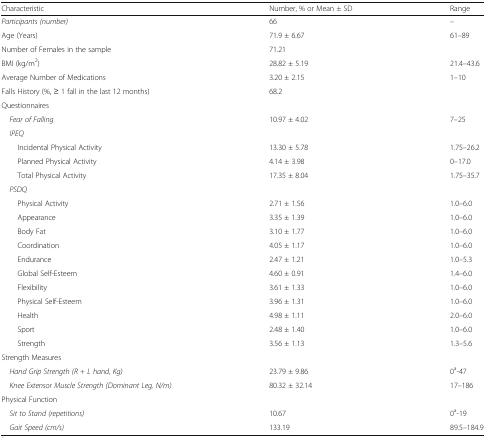
| Characteristic | Number, % or Mean ± SD | Range |
 | --- | --- | --- |
 | Participants (number) | 66 | – |
 | Age (Years) | 71.9 ± 6.67 | 61–89 |
 | Number of Females in the sample | 71.21 |  |
 | BMI (kg/m2) | 28.82 ± 5.19 | 21.4–43.6 |
 | Average Number of Medications | 3.20 ± 2.15 | 1–10 |
 | Falls History (%, ≥ 1 fall in the last 12 months) | 68.2 |  |
 | <COLSPAN=3> Questionnaires |
 | Fear of Falling | 10.97 ± 4.02 | 7–25 |
 | <COLSPAN=3> IPEQ |
 | Incidental Physical Activity | 13.30 ± 5.78 | 1.75–26.2 |
 | Planned Physical Activity | 4.14 ± 3.98 | 0–17.0 |
 | Total Physical Activity | 17.35 ± 8.04 | 1.75–35.7 |
 | <COLSPAN=3> PSDQ |
 | Physical Activity | 2.71 ± 1.56 | 1.0–6.0 |
 | Appearance | 3.35 ± 1.39 | 1.0–6.0 |
 | Body Fat | 3.10 ± 1.77 | 1.0–6.0 |
 | Coordination | 4.05 ± 1.17 | 1.0–6.0 |
 | Endurance | 2.47 ± 1.21 | 1.0–5.3 |
 | Global Self-Esteem | 4.60 ± 0.91 | 1.4–6.0 |
 | Flexibility | 3.61 ± 1.33 | 1.0–6.0 |
 | Physical Self-Esteem | 3.96 ± 1.31 | 1.0–6.0 |
 | Health | 4.98 ± 1.11 | 2.0–6.0 |
 | Sport | 2.48 ± 1.40 | 1.0–6.0 |
 | Strength | 3.56 ± 1.13 | 1.3–5.6 |
 | <COLSPAN=3> Strength Measures |
 | Hand Grip Strength (R + L hand, Kg) | 23.79 ± 9.86 | 0a-47 |
 | Knee Extensor Muscle Strength (Dominant Leg, N/m) | 80.32 ± 32.14 | 17–186 |
 | <COLSPAN=3> Physical Function |
 | Sit to Stand (repetitions) | 10.67 | 0a-19 |
 | Gait Speed (cm/s) | 133.19 | 89.5–184.9 |